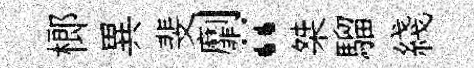
榔異斐劘“桀騮綫